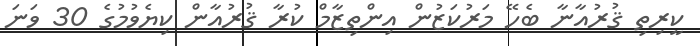
ކީރިތި ޤުރުއާނާ ބެހޭ މަރުކަޒުން އިންތިޒާމް ކުރާ ޤުރުއާން ކިޔެވުމުގެ 30 ވަނަ